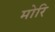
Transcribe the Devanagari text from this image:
मोरि